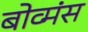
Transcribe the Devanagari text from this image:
बोव्मंस